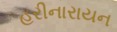
હરીનારાયન